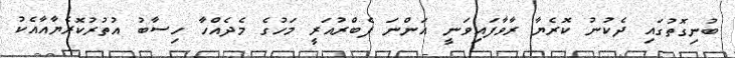
ބުނިގޮތުގައި ދެކުނު ކޮރެޔާ ރާވާފައިވަނީ އަންނަ ފެބްރުއަރީ މަހުގެ މެދެއްހާ ހިސާބު އުތުރުކޮރެޔާއާއެކު